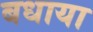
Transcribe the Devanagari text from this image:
बधाया